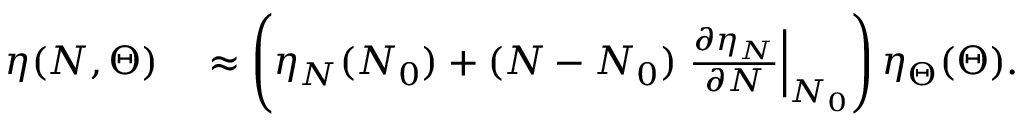
\begin{array} { r l } { \eta ( N , \Theta ) } & { { } \approx \left( \eta _ { N } ( N _ { 0 } ) + ( N - N _ { 0 } ) \left. \frac { \partial \eta _ { N } } { \partial N } \right| _ { N _ { 0 } } \right) \eta _ { \Theta } ( \Theta ) . } \end{array}